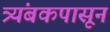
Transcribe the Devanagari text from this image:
त्र्यंबकपासून